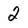
Character: 2